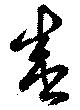
盛